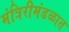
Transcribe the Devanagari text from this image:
मंत्रिरीमंडळात